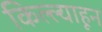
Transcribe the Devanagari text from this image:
किल्ल्याहून